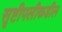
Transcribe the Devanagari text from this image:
सृष्टीपलीकडील